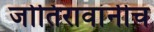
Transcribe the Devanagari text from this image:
जोतिरावांनीच